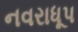
નવરાધૂપ